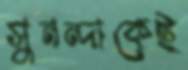
সুনন্দাকেই